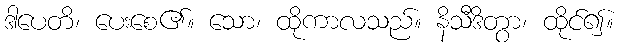
ဒါပေတိ၊ ပေးစေ၏။ သော၊ ထိုကာလသည်။ နိသီဒိတွာ၊ ထိုင်၍။